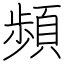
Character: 頻